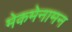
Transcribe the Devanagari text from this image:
मेकमेनामन